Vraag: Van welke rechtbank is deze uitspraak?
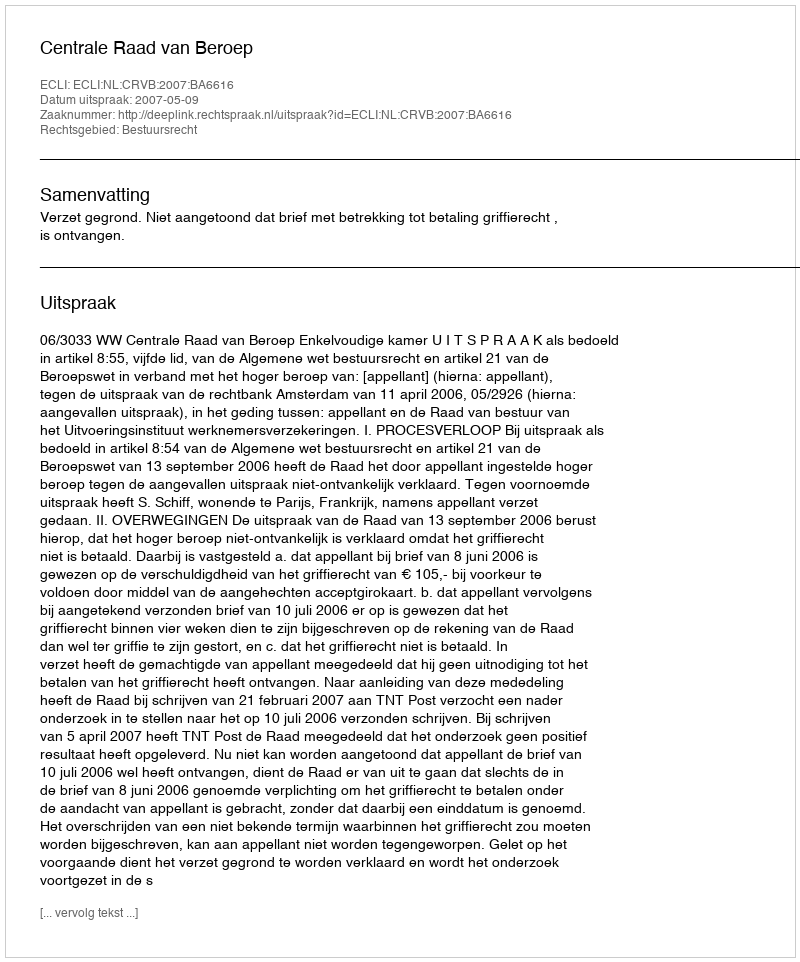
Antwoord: Centrale Raad van Beroep